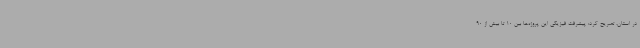
در استان، تصریح کرد: پیشرفت فیزیکی این پروژه‌ها بین 10 تا بیش از 90